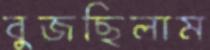
বুজছিলাম